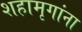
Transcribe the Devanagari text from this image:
शहामृगांना